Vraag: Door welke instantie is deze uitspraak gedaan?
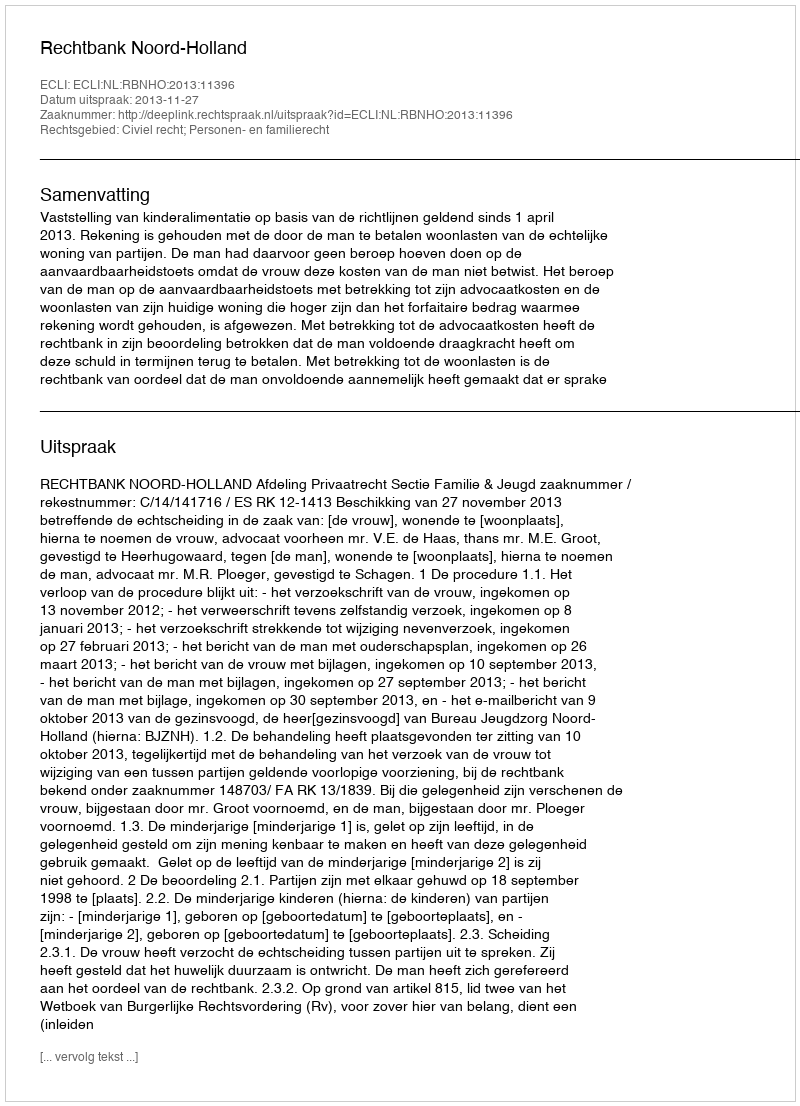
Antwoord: Rechtbank Noord-Holland